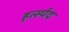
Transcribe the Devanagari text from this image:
हृर्त्स्पद